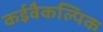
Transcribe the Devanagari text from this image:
कईवैकल्पिक